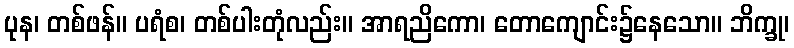
ပုန၊ တစ်ဖန်။ ပရံစ၊ တစ်ပါးတုံလည်း။ အာရညိကော၊ တောကျောင်း၌နေသော။ ဘိက္ခု၊